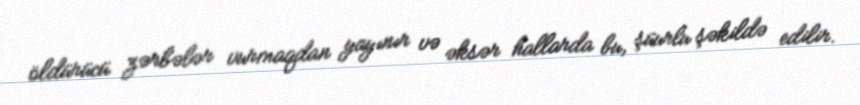
öldürücü zərbələr vurmaqdan yayınır və əksər hallarda bu, şüurlu şəkildə edilir.